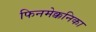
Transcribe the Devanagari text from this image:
फिनमेक्कनिका